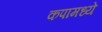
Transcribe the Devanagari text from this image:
कपामध्ये